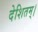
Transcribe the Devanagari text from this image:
देशितम्।